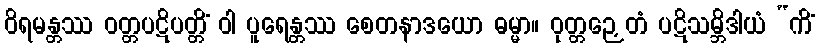
ဝိရမန္တဿ ဝတ္တပဋိပတ္တိံ ဝါ ပူရေန္တဿ စေတနာဒယော ဓမ္မာ။ ဝုတ္တဉှေတံ ပဋိသမ္ဘိဒါယံ “ကိံ